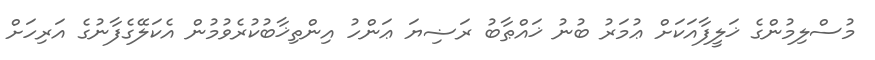
މުސްލިމުންގެ ޚަލީފާއަކަށް ޢުމަރު ބުނު ޚައްޠާބު ރަޟިޔަ ޢަންހު އިންތިޚާބުކުރެވުމުން އެކަލޭގެފާނުގެ އަރިހަށް